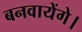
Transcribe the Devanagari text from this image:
बनवायेंगे।